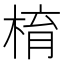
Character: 棛